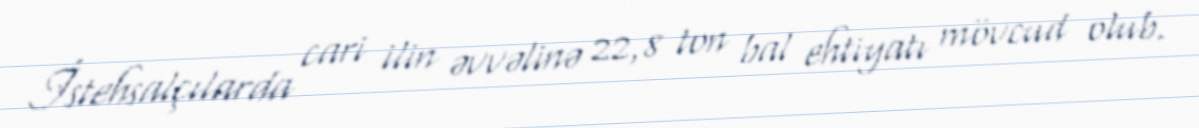
İstehsalçılarda cari ilin əvvəlinə 22,8 ton bal ehtiyatı mövcud olub.